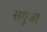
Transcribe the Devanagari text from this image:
सगुजा